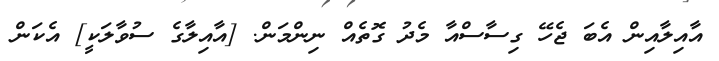
އާއިލާއިން އެބަ ޖެހޭ ގިސާސްއާ މެދު ގޮތެއް ނިންމަން. [އާއިލާގެ ސުވާލަކީ] އެކަން